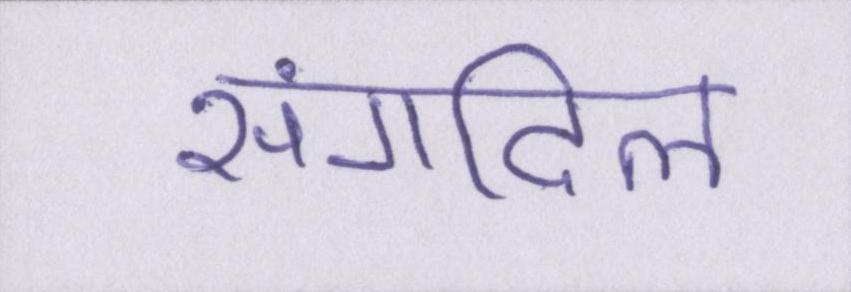
संगदिल